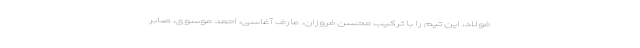
فولاد، این تیم را با ترکیب محسن فروزان، عارف آغاسی، احمد موسوی، صابر